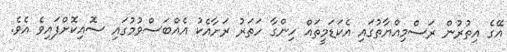
އޭގެ އިތުރުން ރަސްމިއްޔާތުގައި އެކަޑަމީތައް ހިންގާ ހަތަރު ރަށާއެކު އެއްބަސްވުމުގައި ސޮއިކޮށްފައިވެ އެވެ.